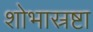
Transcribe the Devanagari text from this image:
शोभास्रष्टा